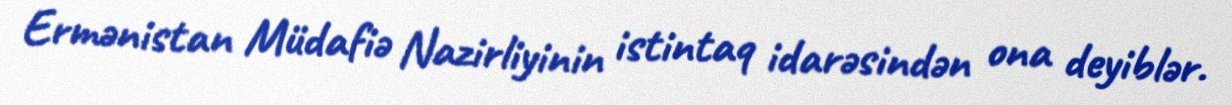
Ermənistan Müdafiə Nazirliyinin istintaq idarəsindən ona deyiblər.